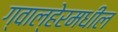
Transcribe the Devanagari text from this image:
ग्वाल्हेरमधील